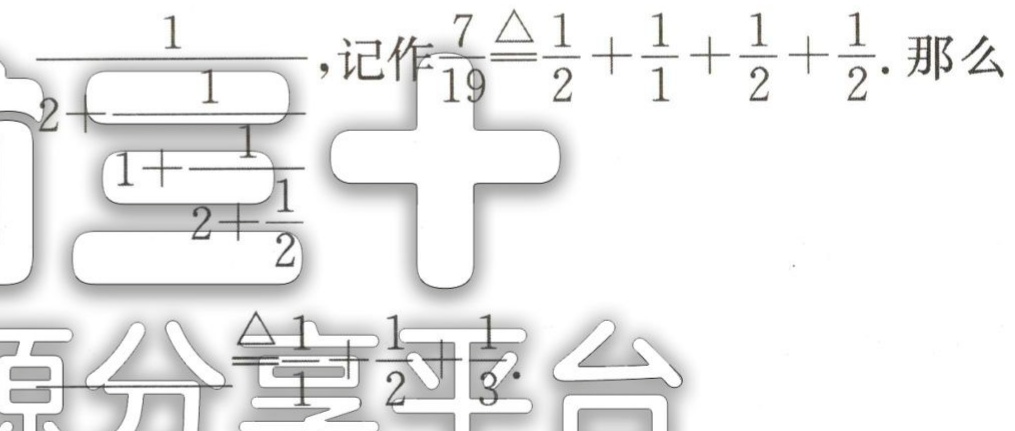
\(\frac{1}{2+\frac{1}{1+\frac{1}{2+\frac{1}{2}}}}\),记作\(\frac{7}{19}\triangleq\frac{1}{2}+\frac{1}{1}+\frac{1}{2}+\frac{1}{2}\). 那么
原分享平台 \(\frac{1}{1+\frac{1}{2+\frac{1}{3}}}\)